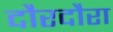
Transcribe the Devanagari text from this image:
दौरदौरा